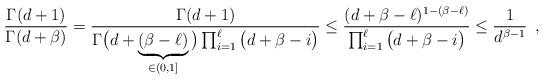
LaTeX: \begin{align*} \frac{\Gamma(d + 1)}{\Gamma(d+\beta)} &= \frac{\Gamma(d+1)}{\Gamma\big(d+\underbrace{(\beta-\ell)}_{\in (0, 1]}\big)\prod_{i = 1}^{\ell}\big(d+\beta-i\big) } \leq \frac{(d + \beta - \ell)^{1 - (\beta -\ell)}}{\prod_{i = 1}^{\ell}\big(d+\beta-i\big) } \leq \frac{1}{d^{\beta-1}}\enspace,\end{align*}